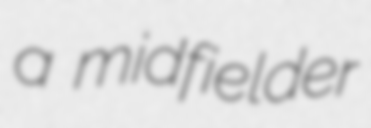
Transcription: a midfielder